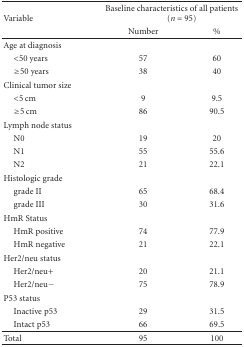
| <ROWSPAN=2> Variable | <COLSPAN=2> Baseline characteristics of all patients (n = 95) |
 | Number | % |
 | --- | --- | --- |
 | Age at diagnosis |  |  |
 | <50 years | 57 | 60 |
 | ≥50 years | 38 | 40 |
 | Clinical tumor size |  |  |
 | <5 cm | 9 | 9.5 |
 | ≥5 cm | 86 | 90.5 |
 | Lymph node status |  |  |
 | N0 | 19 | 20 |
 | N1 | 55 | 55.6 |
 | N2 | 21 | 22.1 |
 | Histologic grade |  |  |
 | grade II | 65 | 68.4 |
 | grade III | 30 | 31.6 |
 | HmR Status |  |  |
 | HmR positive | 74 | 77.9 |
 | HmR negative | 21 | 22.1 |
 | Her2/neu status |  |  |
 | Her2/neu+ | 20 | 21.1 |
 | Her2/neu− | 75 | 78.9 |
 | P53 status |  |  |
 | Inactive p53 | 29 | 31.5 |
 | Intact p53 | 66 | 69.5 |
 | Total | 95 | 100 |